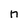
Character: n